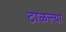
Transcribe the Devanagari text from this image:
टाळल्या